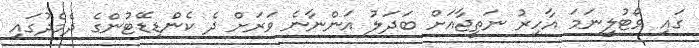
ގައި ވޯޓުލީނަމަ އާހިރު ނަތީޖާއަށް ބަދަލު އަންނާނެ ވަރަށް ދެ ކެންޑިޑޭޓުންގެ ދެމެދުގައި